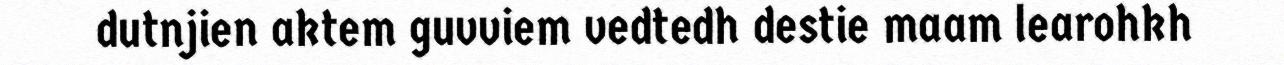
dutnjien aktem guvviem vedtedh destie maam learohkh